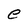
Character: e